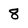
Character: 8